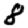
Digit: 8